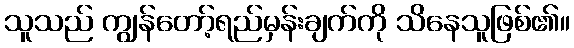
သူသည် ကျွန်တော့်ရည်မှန်းချက်ကို သိနေသူဖြစ်၏။